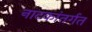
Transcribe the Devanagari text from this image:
नाटकांतर्गत